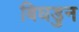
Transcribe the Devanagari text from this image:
बिघडुन